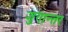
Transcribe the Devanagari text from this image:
जुगान्तर